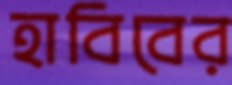
হাবিবের